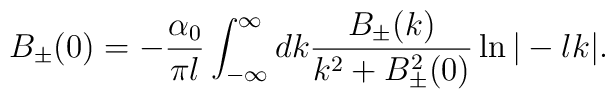
B_{\pm}(0) = -\frac{\alpha_0}{\pi l}  \int_{-\infty}^{\infty} dk   \frac{B_\pm(k)}{k^{2}+B_{\pm}^{2}(0)}    \ln|-lk|.